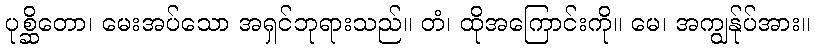
ပုစ္ဆိတော၊ မေးအပ်သော အရှင်ဘုရားသည်။ တံ၊ ထိုအကြောင်းကို။ မေ၊ အကျွန်ုပ်အား။